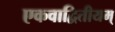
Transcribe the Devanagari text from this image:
एकवाद्वितीयम्